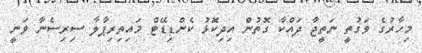
މިހާރުގެ ވަގުތީ ނަތީޖާ ދައްކާ ގޮތުން އިދިކޮޅު ކެންޑިޑޭޓް މައިތިރިޕާލާ ސިރިސެނާ ވަނީ